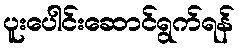
ပူးပေါင်းဆောင်ရွက်ရန်